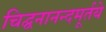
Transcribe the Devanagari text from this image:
चिद्घनानन्दमूर्तये